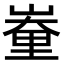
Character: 𨤪